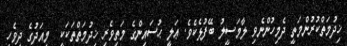
ޚިދުމަތްކުރުންމަތީ ދެމިހުންނެވި ލާމަސީލު ބޭފުޅެކެވެ. ޢަލީ ޙުސައިންގެ މަތިވެރި ޚިދުމަތްތަކަކީ  މިއަދުގެ ދިވެހި